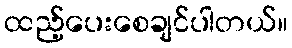
ထည့်ပေးစေချင်ပါတယ်။